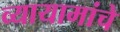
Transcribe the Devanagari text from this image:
व्यायामांचे